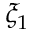
\xi _ { 1 }